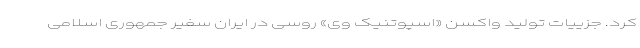
کرد. جزییات تولید واکسن «اسپوتنیک وی» روسی در ایران سفیر جمهوری اسلامی